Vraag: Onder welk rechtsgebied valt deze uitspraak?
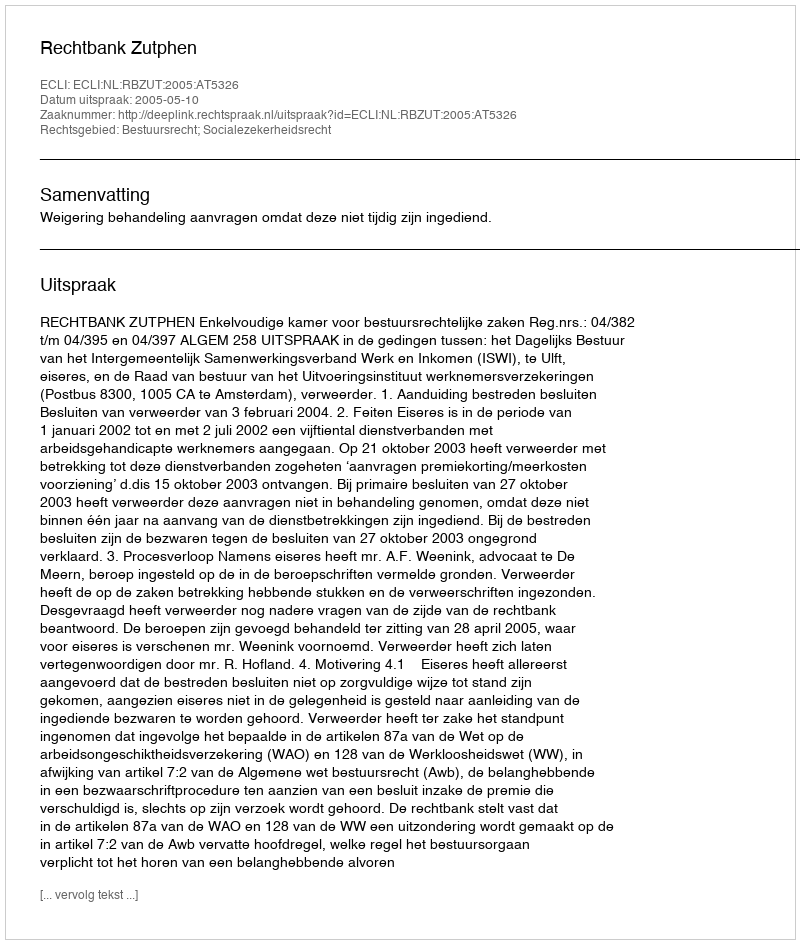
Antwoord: Bestuursrecht; Socialezekerheidsrecht